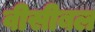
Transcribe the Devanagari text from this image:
वीसीबल